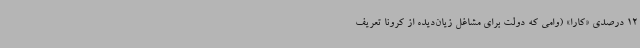
12 درصدی «کارا» (وامی که دولت برای مشاغل زیان‌دیده از کرونا تعریف